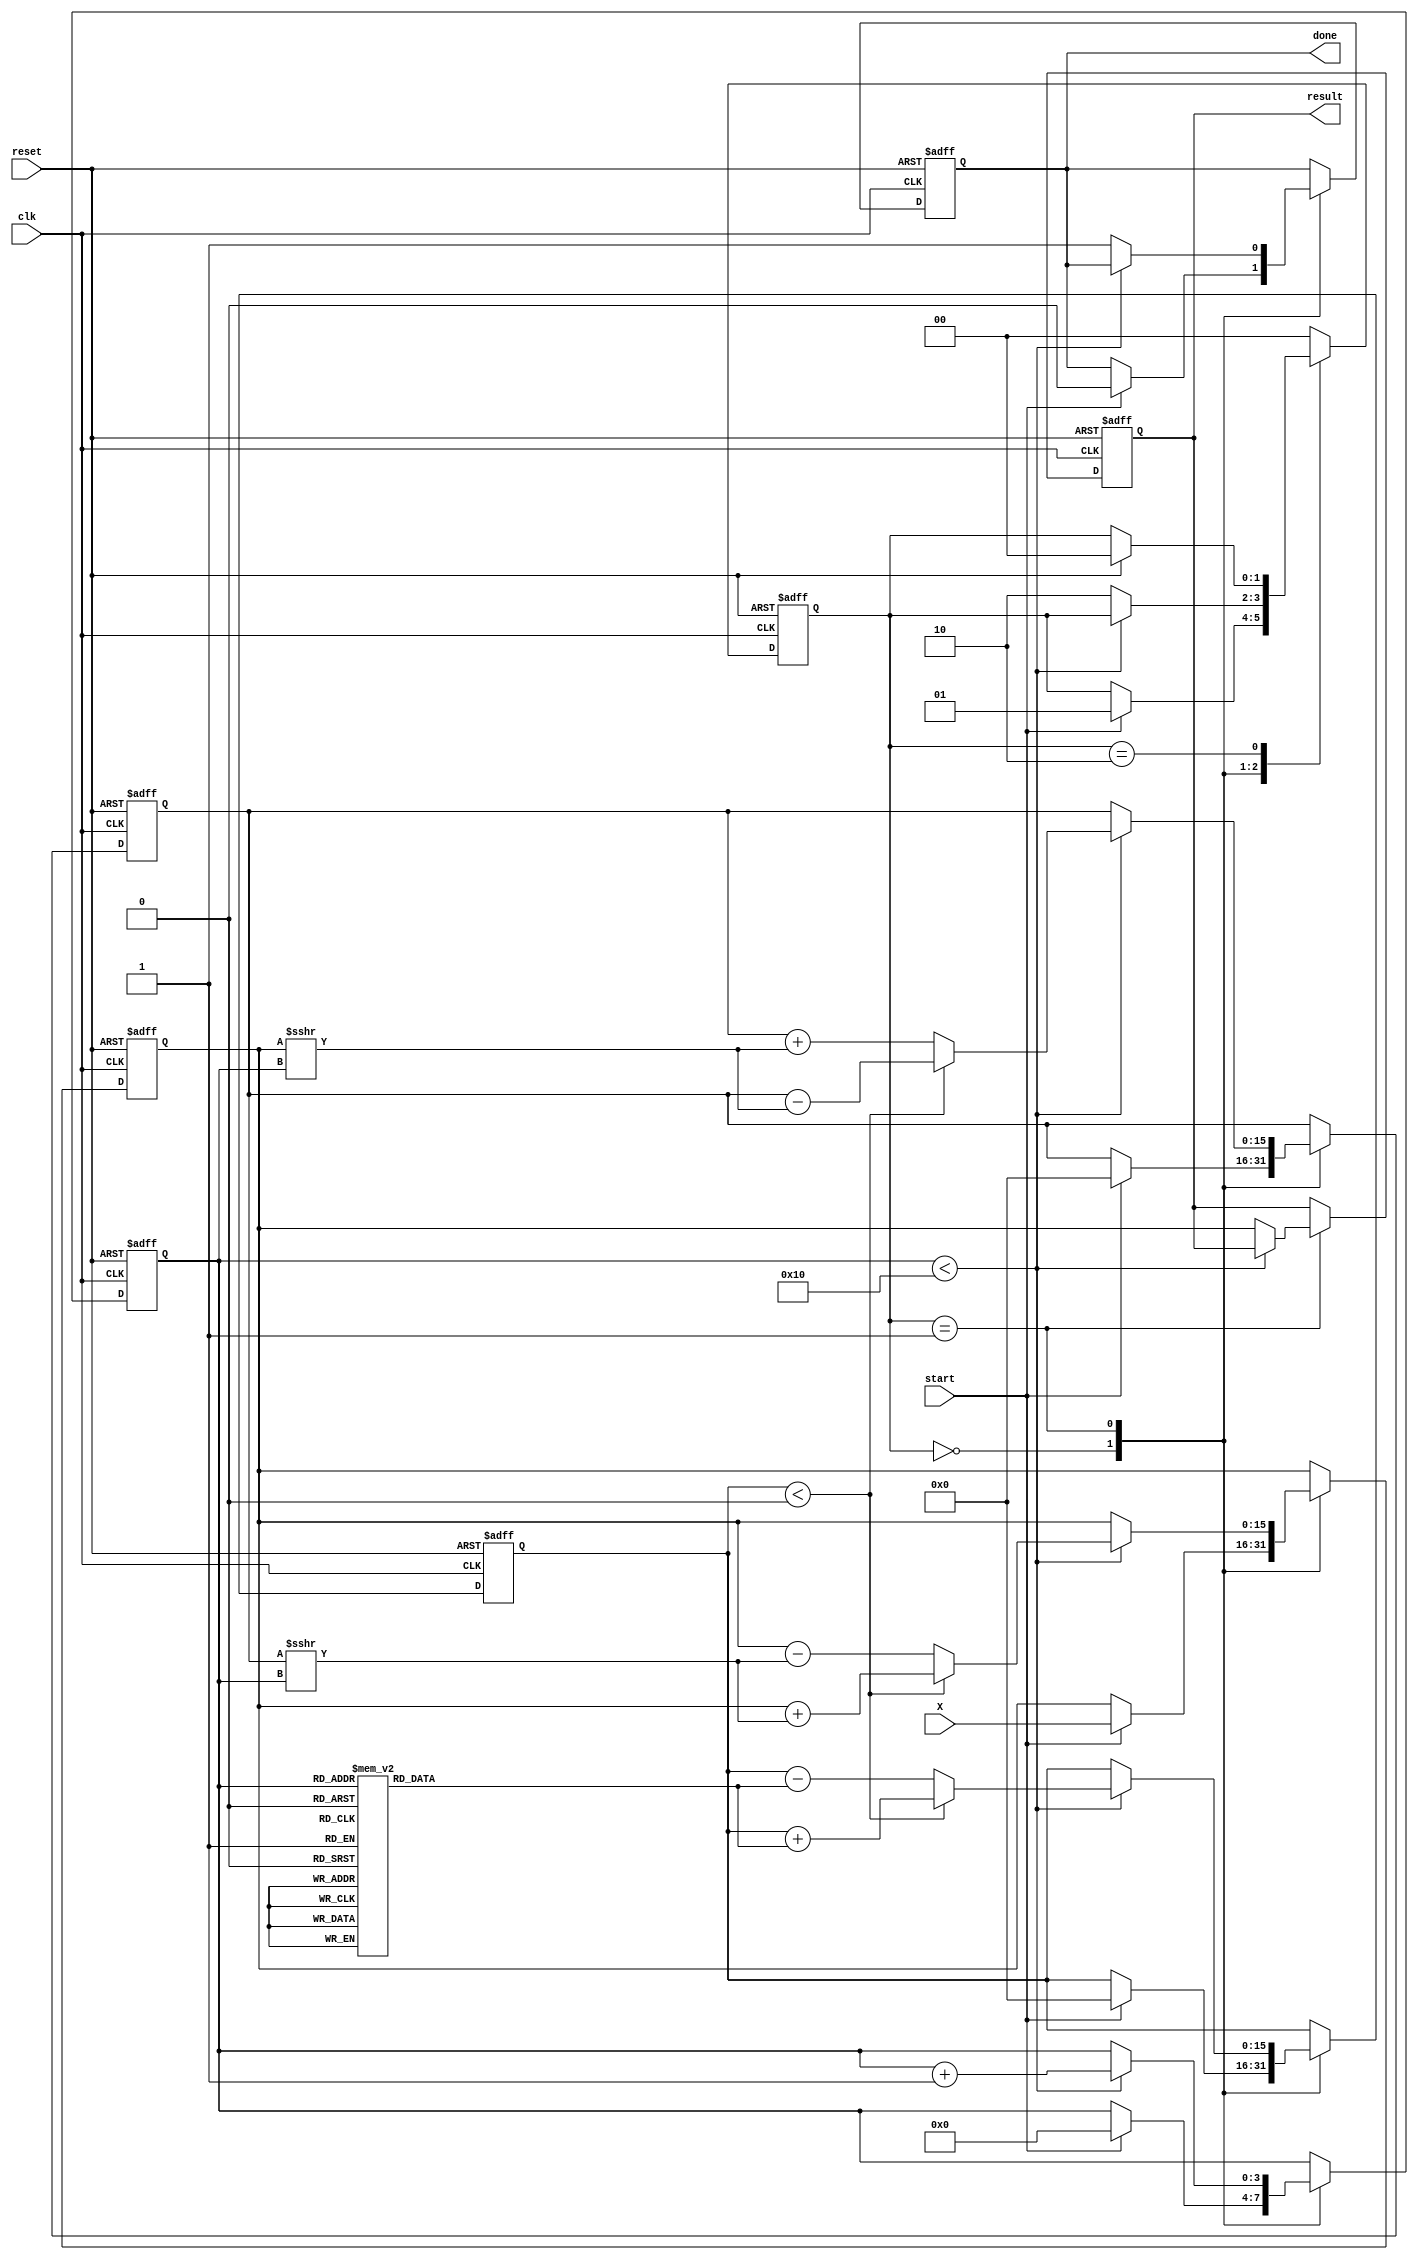
module cordic_sqrt (
    input clk,                // Clock signal
    input reset,              // Reset signal
    input start,              // Start signal to initiate calculation
    input [15:0] X,           // Input value for which the square root is calculated
    output reg [15:0] result, // Result of the square root
    output reg done           // Completion signal
);

    // Parameters
    parameter NUM_ITERATIONS = 16; // Number of iterations for CORDIC
    parameter FIXED_POINT_SCALE = 16; // Fixed-point scaling

    // Internal registers
    reg [15:0] x_reg, y_reg, z_reg; // CORDIC registers for x, y, and z
    reg [3:0] iteration_count;       // Iteration counter
    reg [1:0] state;                 // FSM state

    // State encoding
    localparam IDLE      = 2'b00;
    localparam CALCULATE = 2'b01;
    localparam DONE      = 2'b10;

    // Rotation angles for CORDIC (for square root)
    reg [15:0] angles [0:NUM_ITERATIONS-1];

    // Initialize rotation angles
    initial begin
        angles[0] = 16'h1C71; // atan(1/2^0)
        angles[1] = 16'h1B7D; // atan(1/2^1)
        angles[2] = 16'h1A9A; // atan(1/2^2)
        angles[3] = 16'h19D9; // atan(1/2^3)
        angles[4] = 16'h193A; // atan(1/2^4)
        angles[5] = 16'h18B6; // atan(1/2^5)
        angles[6] = 16'h183F; // atan(1/2^6)
        angles[7] = 16'h17D2; // atan(1/2^7)
        angles[8] = 16'h1777; // atan(1/2^8)
        angles[9] = 16'h1725; // atan(1/2^9)
        angles[10] = 16'h16D9; // atan(1/2^10)
        angles[11] = 16'h1697; // atan(1/2^11)
        angles[12] = 16'h1657; // atan(1/2^12)
        angles[13] = 16'h161F; // atan(1/2^13)
        angles[14] = 16'h15E9; // atan(1/2^14)
        angles[15] = 16'h15B5; // atan(1/2^15)
    end

    // FSM for CORDIC square root calculation
    always @(posedge clk or posedge reset) begin
        if (reset) begin
            state <= IDLE;
            done <= 0;
            iteration_count <= 0;
            x_reg <= 0;
            y_reg <= 0;
            z_reg <= 0;
            result <= 0;
        end else begin
            case (state)
                IDLE: begin
                    if (start) begin
                        // Initialize registers
                        x_reg <= X;
                        y_reg <= 0;
                        z_reg <= 0;
                        iteration_count <= 0;
                        done <= 0;
                        state <= CALCULATE;
                    end
                end
                
                CALCULATE: begin
                    if (iteration_count < NUM_ITERATIONS) begin
                        // CORDIC iteration
                        if (z_reg < 0) begin
                            // Perform rotation
                            x_reg <= x_reg + (y_reg >>> iteration_count);
                            y_reg <= y_reg - (x_reg >>> iteration_count);
                            z_reg <= z_reg + angles[iteration_count];
                        end else begin
                            x_reg <= x_reg - (y_reg >>> iteration_count);
                            y_reg <= y_reg + (x_reg >>> iteration_count);
                            z_reg <= z_reg - angles[iteration_count];
                        end
                        iteration_count <= iteration_count + 1;
                    end else begin
                        // Final output
                        result <= x_reg; // Final result is in x_reg
                        done <= 1;
                        state <= DONE;
                    end
                end
                
                DONE: begin
                    // Stay in DONE state until reset or new start signal
                    if (reset) begin
                        state <= IDLE;
                    end
                end
                
                default: begin
                    state <= IDLE;
                end
            endcase
        end
    end

endmodule